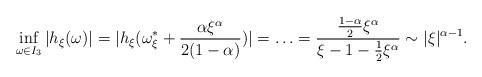
LaTeX: \begin{align*}\inf_{\omega \in I_3} | h_{\xi}(\omega)| = | h_{\xi}(\omega_{\xi}^{\ast} + \frac{\alpha \xi^{\alpha}}{2(1 - \alpha)}) | = \ldots = \frac{\frac{1-\alpha}{2}\xi^{\alpha}}{\xi - 1 - \frac{1}{2}\xi^{\alpha}} \sim |\xi |^{\alpha - 1}.\end{align*}